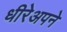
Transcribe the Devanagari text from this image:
धीरेअपने